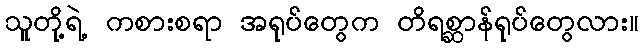
သူတို့ရဲ့ ကစားစရာ အရုပ်တွေက တိရစ္ဆာန်ရုပ်တွေလား။